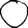
Digit: 0